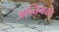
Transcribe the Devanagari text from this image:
अन्तिमत्तर